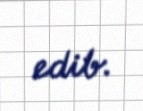
edib.